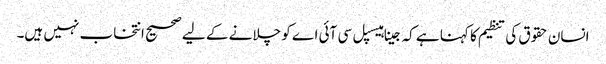
انسان حقوق کی تنظیم کا کہنا ہے کہ جینا ہیسپل سی آئی اے کو چلانے کے لیے صحیح انتخاب نہیں ہیں۔